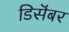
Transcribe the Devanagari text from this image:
डिसॆंबर